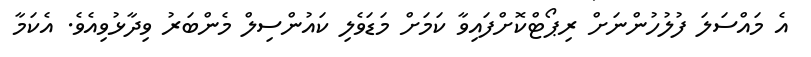
އެ މައްސަލަ ފުލުހުންނަށް ރިޕޯޓްކޮށްފައިވާ ކަމަށް މަޑަވެލި ކައުންސިލް މެންބަރު ވިދާޅުވިއެވެ. އެކަމާ